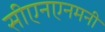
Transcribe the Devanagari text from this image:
सीएनएनमनी